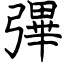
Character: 彃